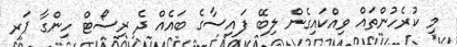
މި ކުރެހުންތައް ވިއްކައިގެން ލިބޭ ފައިސާގެ ބައެއް ދެ ރިސޯޓް ހިންގާ ޕަރ